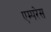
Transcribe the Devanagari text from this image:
एम्परेस